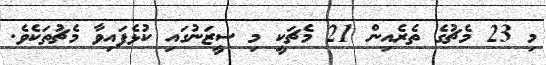
މި 23 މެޗުގެ ތެރެއިން 21 މެޗަކީ މި ސީޒަނުގައި ކުޅެފައިވާ މެޗުތަކެވެ.